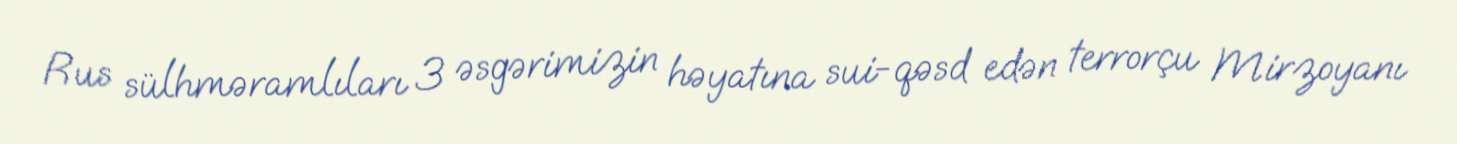
Rus sülhməramlıları 3 əsgərimizin həyatına sui-qəsd edən terrorçu Mirzoyanı